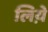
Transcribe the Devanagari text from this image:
लिय़े